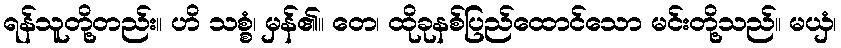
ရန်သူတို့တည်း။ ဟိ သစ္စံ၊ မှန်၏။ တေ၊ ထိုခုနစ်ပြည်ထောင်သော မင်းတို့သည်။ မယှံ၊